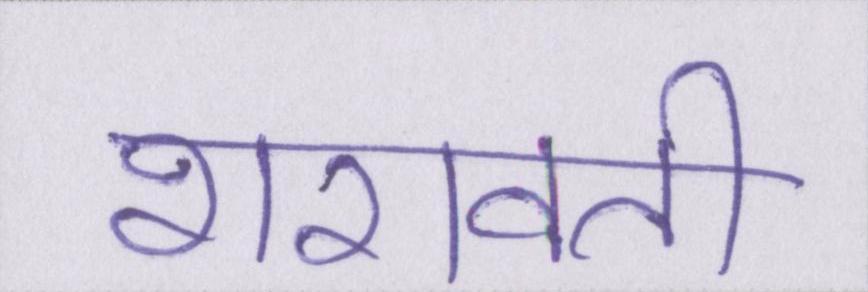
शरावती